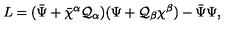
L = ( { \bar { \Psi } } + { \bar { \chi } } { } ^ { \alpha } { \cal Q } _ { \alpha } ) ( \Psi + { \cal Q } _ { \beta } \chi ^ { \beta } ) - { \bar { \Psi } } \Psi ,